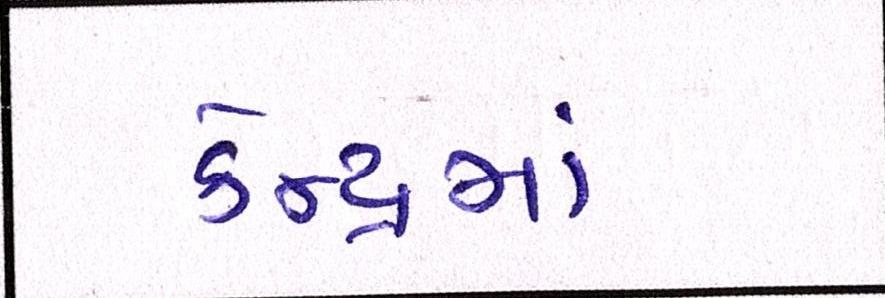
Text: કેન્દ્રમાં